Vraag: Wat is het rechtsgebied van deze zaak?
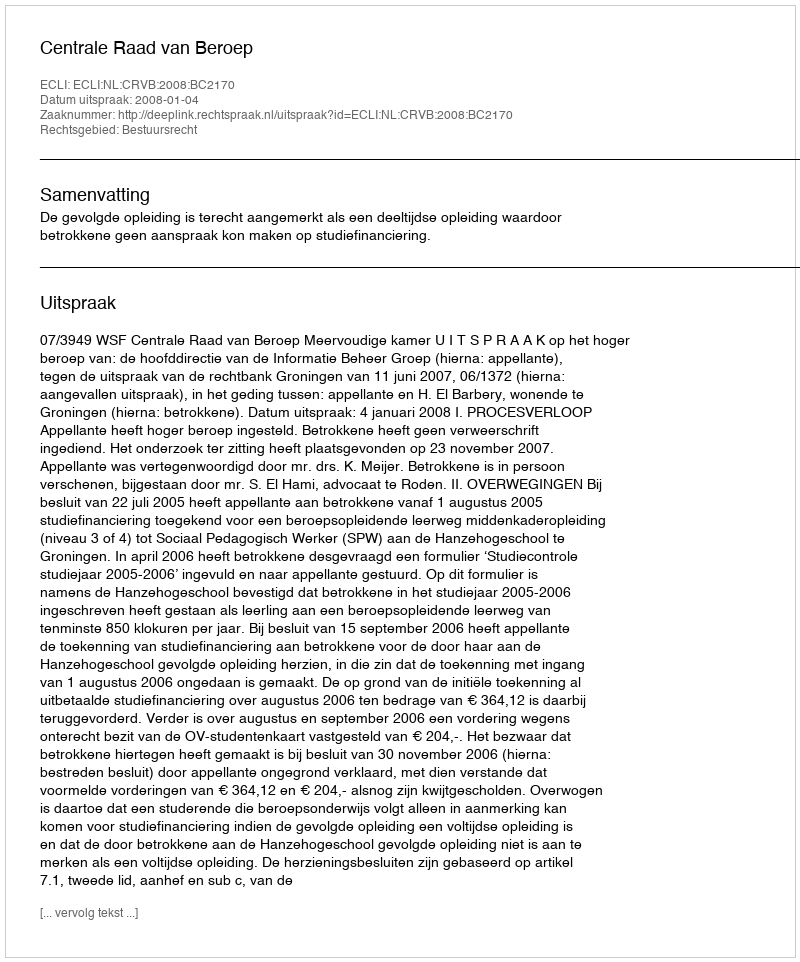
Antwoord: Bestuursrecht